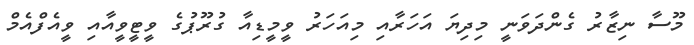
މޫސާ ނިޒާރު ގެންދަވަނީ މިދިޔަ އަހަރާއި މިއަހަރު ވީމީޑިއާ ގުރޫޕުގެ ވީޓީވީއާއި ވީއެފްއެމް